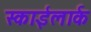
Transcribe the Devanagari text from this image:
स्काईलार्क